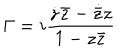
\Gamma = i \frac { \dot { z } \bar { z } - \dot { \bar { z } } z } { 1 - z \bar { z } }